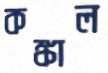
কঙ্কাল